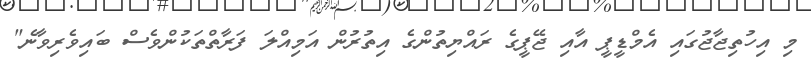
މި އިހުތިޖާޖުގައި އެމްޑީޕީ އާއި ޖޭޕީގެ ރައްޔިތުންގެ އިތުރުން އަމިއްލަ ފަރާތްތަކުންވެސް ބައިވެރިވާނެ"